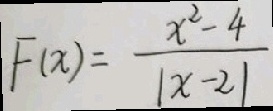
F ( x ) = \frac { x ^ { 2 } - 4 } { \vert x - 2 \vert }